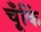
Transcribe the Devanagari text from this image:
चूँकिं